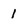
Character: I